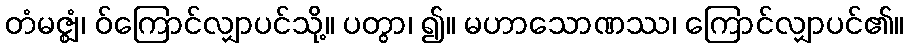
တံမဇ္ဈံ၊ ဝ်ကြောင်လျှာပင်သို့။ ပတွာ၊ ၍။ မဟာသောဏဿ၊ ကြောင်လျှာပင်၏။